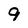
Character: 9